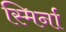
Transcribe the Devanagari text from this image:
स्मिर्ना